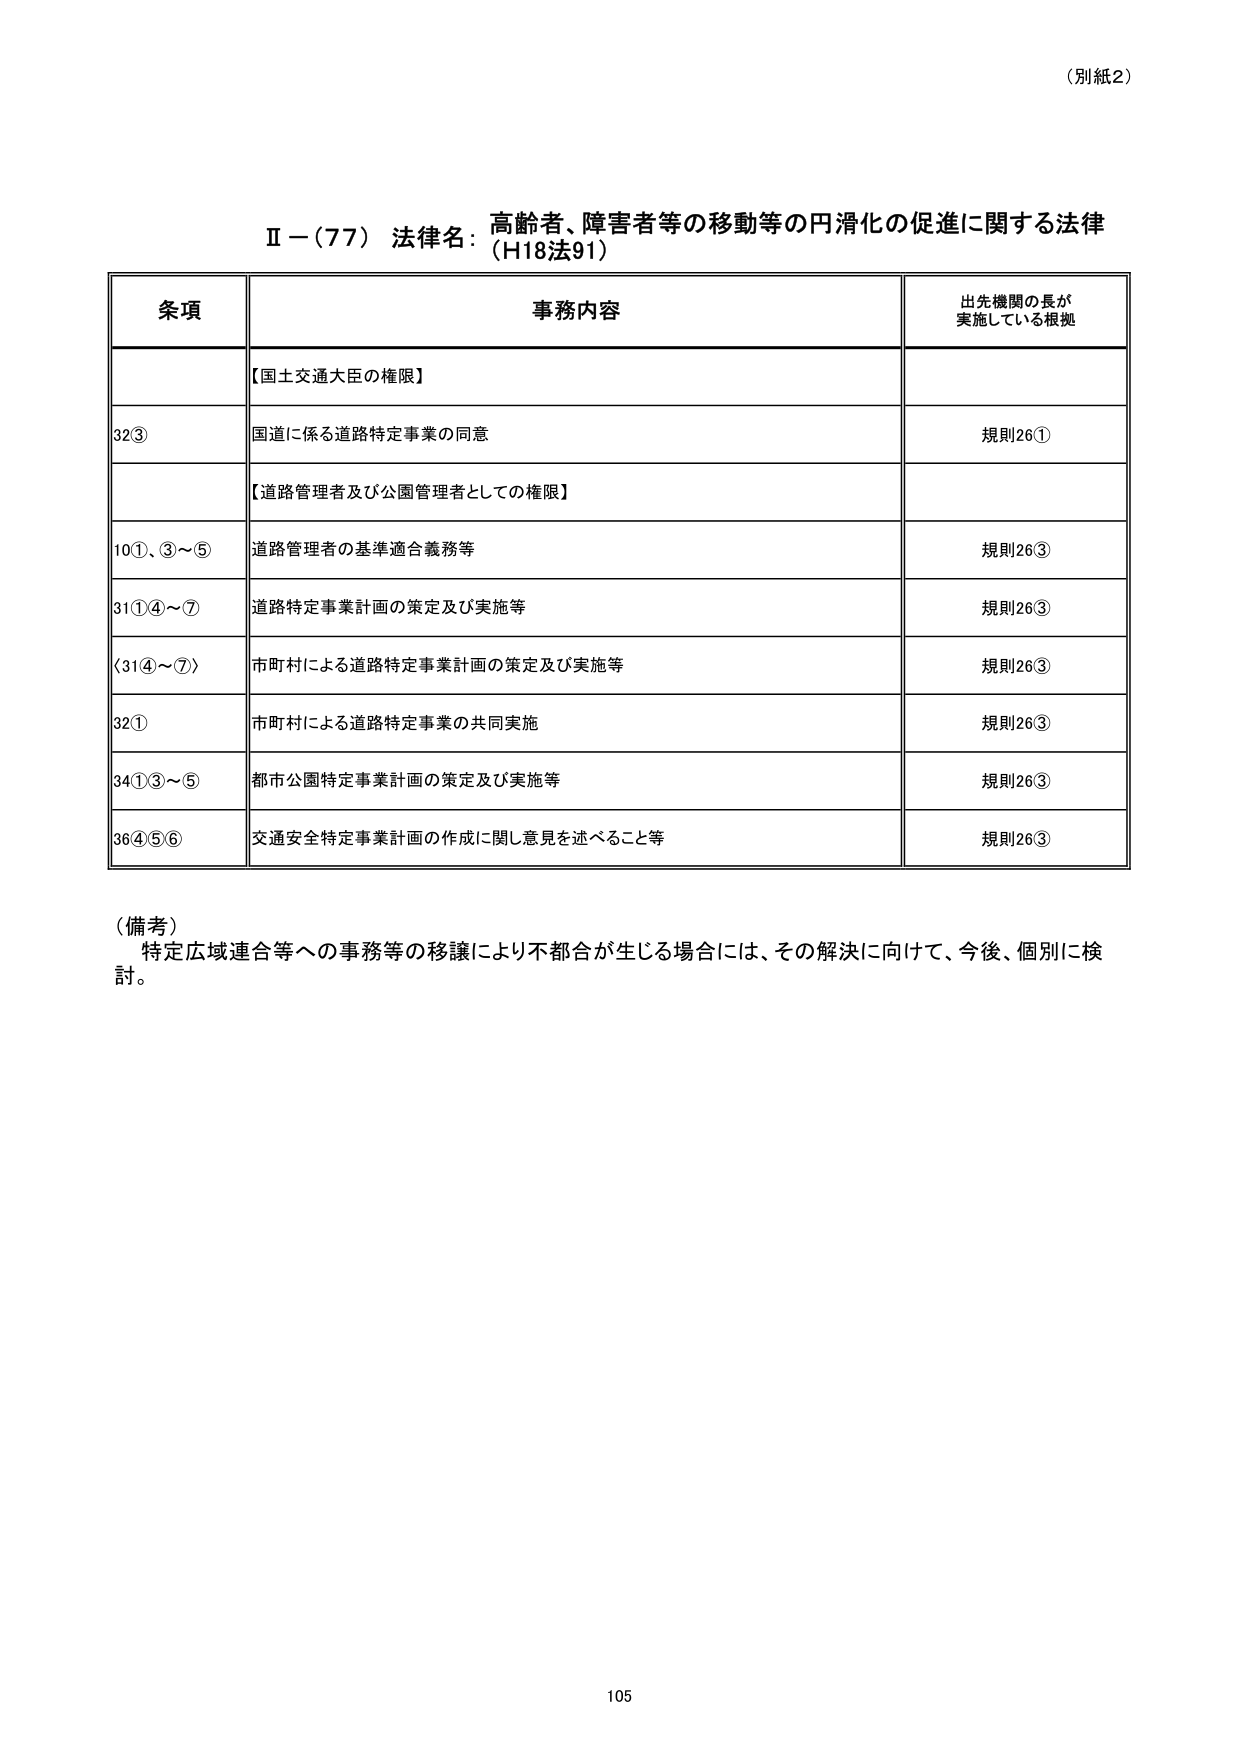
（別紙2）

Ⅱ－（77）法律名：高齢者、障害者等の移動等の円滑化の促進に関する法律（H18法91）

条項 事務内容 出先機関の長が実施している根拠

【国土交通大臣の権限】

32③ 国道に係る道路特定事業の同意 規則26①

【道路管理者及び公園管理者としての権限】

10①、③～⑤ 道路管理者の基準適合義務等 規則26③

31①④～⑦ 道路特定事業計画の策定及び実施等 規則26③

〈31④～⑦〉 市町村による道路特定事業計画の策定及び実施等 規則26③

32① 市町村による道路特定事業の共同実施 規則26③

34①③～⑤ 都市公園特定事業計画の策定及び実施等 規則26③

36④⑤⑥ 交通安全特定事業計画の作成に関し意見を述べること等 規則26③

（備考）
特定広域連合等への事務等の移譲により不都合が生じる場合には、その解決に向けて、今後、個別に検討。

105